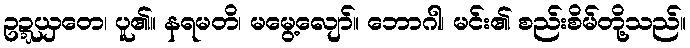
ဥဍ္ဍယှတေ၊ ပူ၏။ နရမတိ၊ မမွေ့လျော်။ ဘောဂါ၊ မင်း၏ စည်းစိမ်တို့သည်။